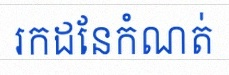
រកដែនកំណត់